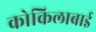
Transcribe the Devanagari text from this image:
कोकिलाबाई